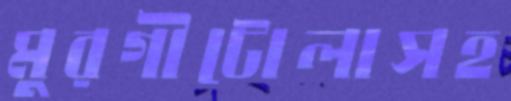
মুরগীটোলাসহ